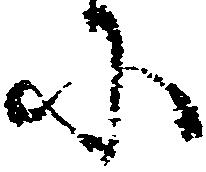
に